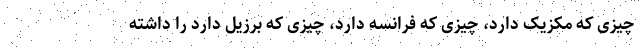
چیزی که مکزیک دارد، چیزی که فرانسه دارد، چیزی که برزیل دارد را داشته